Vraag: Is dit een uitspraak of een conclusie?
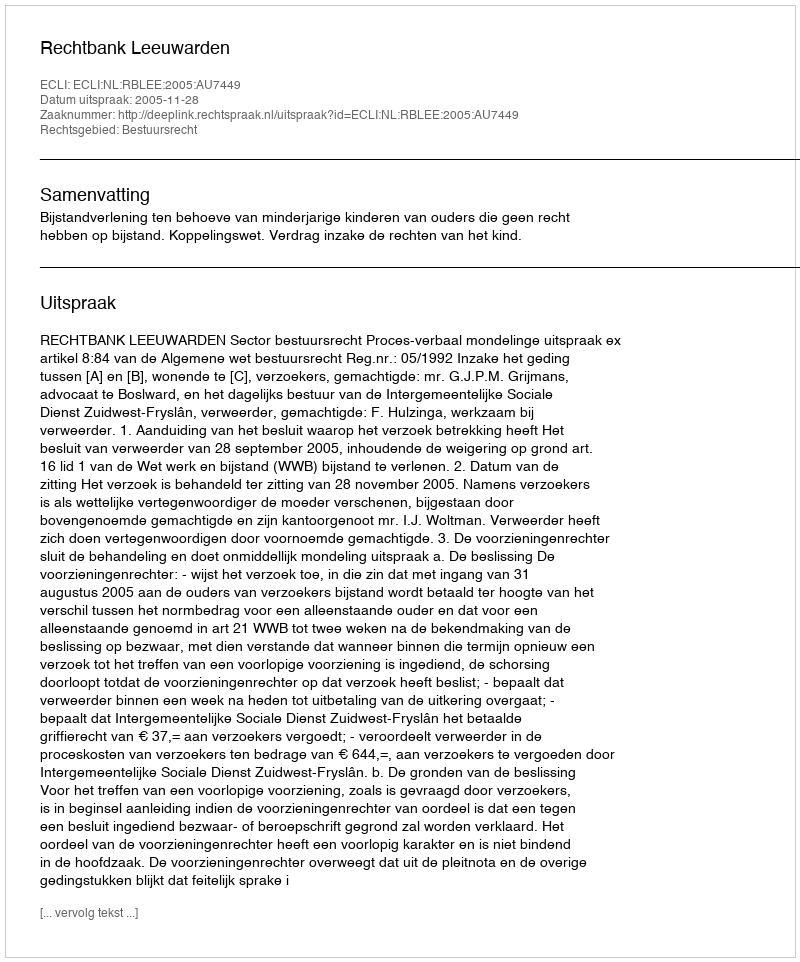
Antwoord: Uitspraak